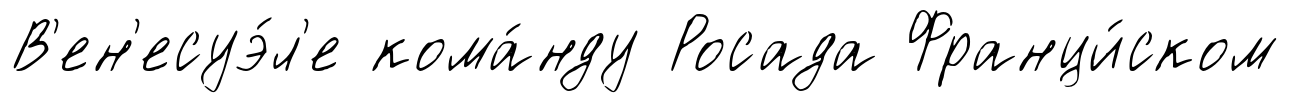
В'ен'есуэ́л'е кома́нду Росада Франци́ском